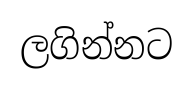
ලගින්නට